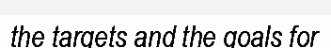
the targets and the goals for